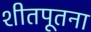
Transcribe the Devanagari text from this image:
शीतपूतना